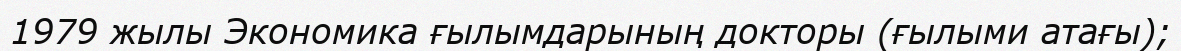
1979 жылы Экономика ғылымдарының докторы (ғылыми атағы);